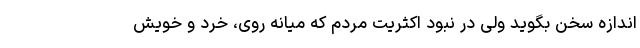
اندازه سخن بگوید ولی در نبود اکثریت مردم که میانه روی، خرد و خویش